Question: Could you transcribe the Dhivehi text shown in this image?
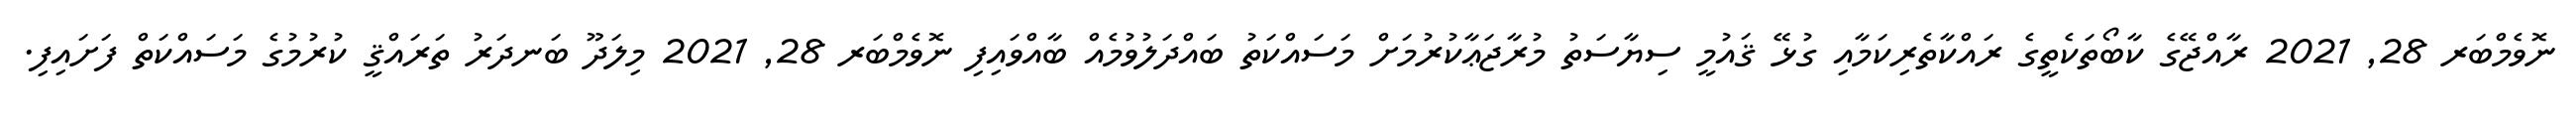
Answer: ނޮވެމްބަރ 28, 2021 ރާއްޖޭގެ ކާބޯތަކެތީގެ ރައްކާތެރިކަމާއި ގުޅޭ ޤައުމީ ސިޔާސަތު މުރާޖަޢާކުރުމަށް މަސައްކަތު ބައްދަލުވުމެއް ބާއްވައިފި ނޮވެމްބަރ 28, 2021 މިލަދޫ ބަނދަރު ތަރައްޤީ ކުރުމުގެ މަސައްކަތް ފަށައިފި.